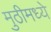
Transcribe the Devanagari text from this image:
मुठीमध्ये